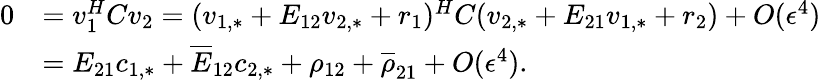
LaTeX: \begin{array}{rl}{0}&{=v_{1}^{H}Cv_{2}=(v_{1,*}+E_{12}v_{2,*}+r_{1})^{H}C(v_{2,*}+E_{21}v_{1,*}+r_{2})+O(\epsilon^{4})}\\ &{=E_{21}c_{1,*}+\overline{{E}}_{12}c_{2,*}+\rho_{12}+\overline{{\rho}}_{21}+O(\epsilon^{4}).}\end{array}